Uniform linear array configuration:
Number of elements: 12
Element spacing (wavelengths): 0.75
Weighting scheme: kaiser
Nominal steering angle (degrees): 30
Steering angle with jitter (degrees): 29.293
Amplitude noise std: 0.05
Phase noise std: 0.05

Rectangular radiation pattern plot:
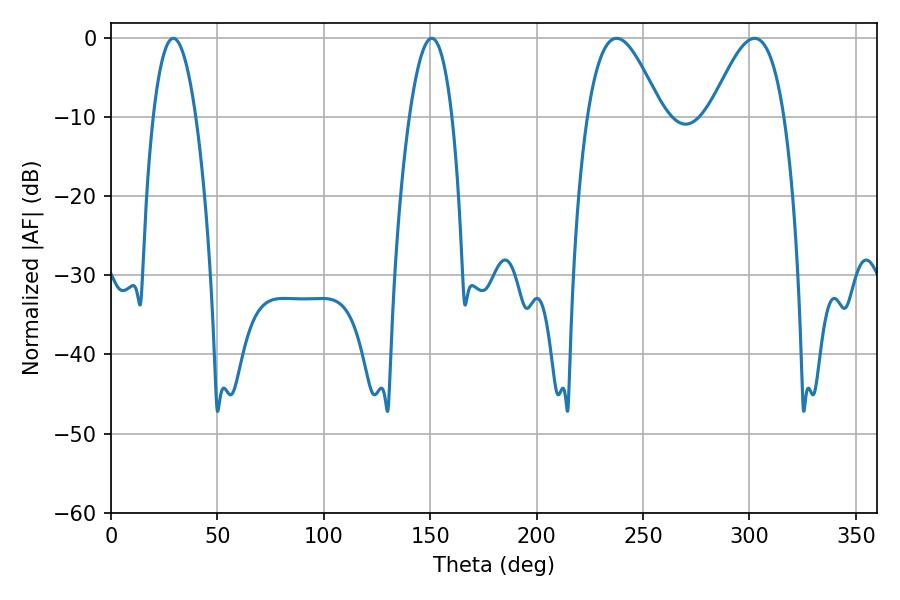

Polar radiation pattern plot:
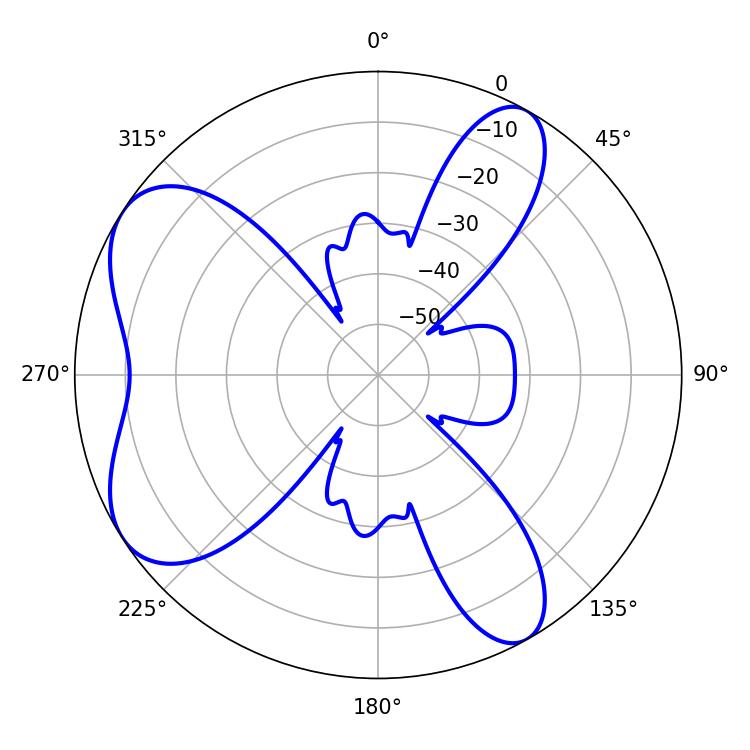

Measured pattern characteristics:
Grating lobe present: TRUE
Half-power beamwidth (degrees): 18.72
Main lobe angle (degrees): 237.6